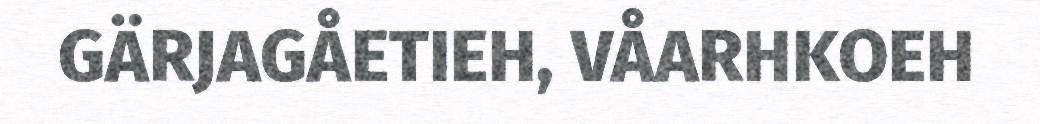
GÄRJAGÅETIEH, VÅARHKOEH